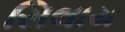
સિલાય